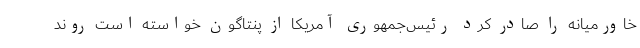
خاورمیانه را صادر کرد رئیس‌جمهوری آمریکا از پنتاگون خواسته است روند